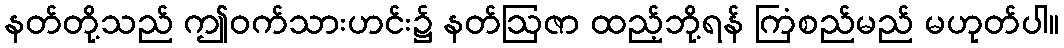
နတ်တို့သည် ဤဝက်သားဟင်း၌ နတ်ဩဇာ ထည့်ဘို့ရန် ကြံစည်မည် မဟုတ်ပါ။